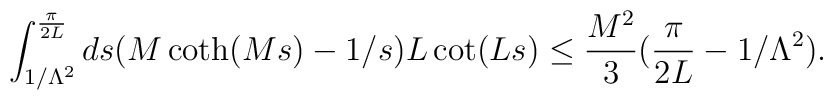
\int^{\frac{\pi}{2L}}_{1/\Lambda^2} ds(M\coth(Ms) - 1/s)L\cot(Ls) \le\frac{M^2}{3}(\frac{\pi}{2L} - 1/\Lambda^2).